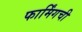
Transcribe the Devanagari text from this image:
फार्मिंगची